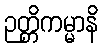
ဉတ္တိကမ္မာနိ